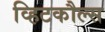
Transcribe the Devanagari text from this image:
व्हिटकौल्स